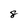
Character: 8